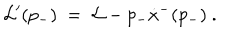
LaTeX: { \cal L } ^ { \prime } ( p _ { - } ) \ = \ { \cal L } - p _ { - } \dot { x } ^ { - } ( p _ { - } ) \ .